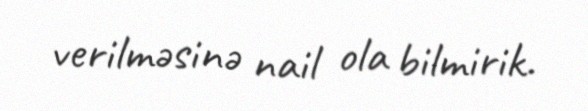
verilməsinə nail ola bilmirik.